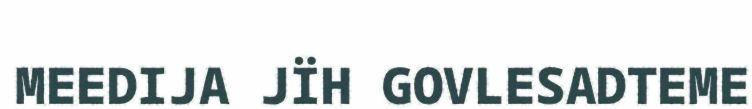
MEEDIJA JÏH GOVLESADTEME